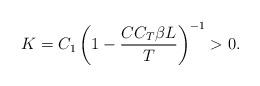
LaTeX: \begin{align*} K= C_1\left(1- \frac{ CC_T \beta L}{T}\right)^{-1}>0.\end{align*}